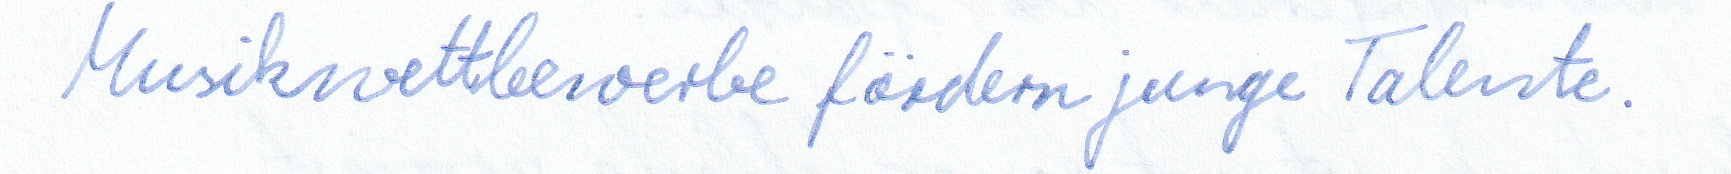
Musikwettbewerbe fördern junge Talente.